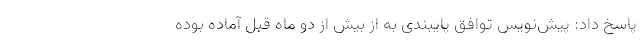
پاسخ داد: پیش‌نویس توافق پایبندی به از بیش از دو ماه قبل آماده بوده